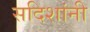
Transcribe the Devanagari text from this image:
सदिशांनी